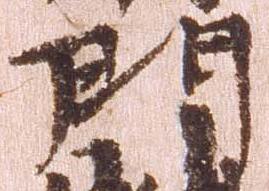
門